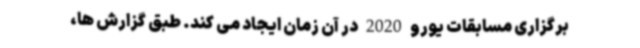
برگزاری مسابقات یورو 2020 در آن زمان ایجاد می کند. طبق گزارش ها،